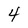
Character: 4